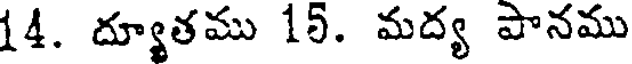
14. ద్యూతము 15. మద్య పానము